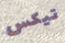
تيكس